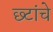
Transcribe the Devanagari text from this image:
छ्टांचे